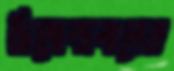
দ্বিজেন্দ্রলালের